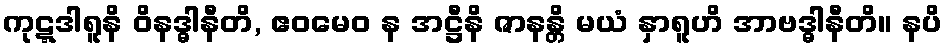
ကုဋ္ဋဒါရူနိ ဝိနဒ္ဓါနီတိ, ဧဝမေဝ န အဋ္ဌီနိ ဇာနန္တိ မယံ နှာရူဟိ အာဗဒ္ဓါနီတိ။ နပိ